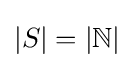
|S|=|\mathbb {N} |